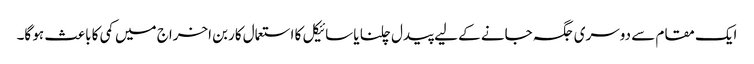
ایک مقام سے دوسری جگہ جانے کے لیے پیدل چلنا یا سائیکل کا استعمال کاربن اخراج میں کمی کا باعث ہو گا۔